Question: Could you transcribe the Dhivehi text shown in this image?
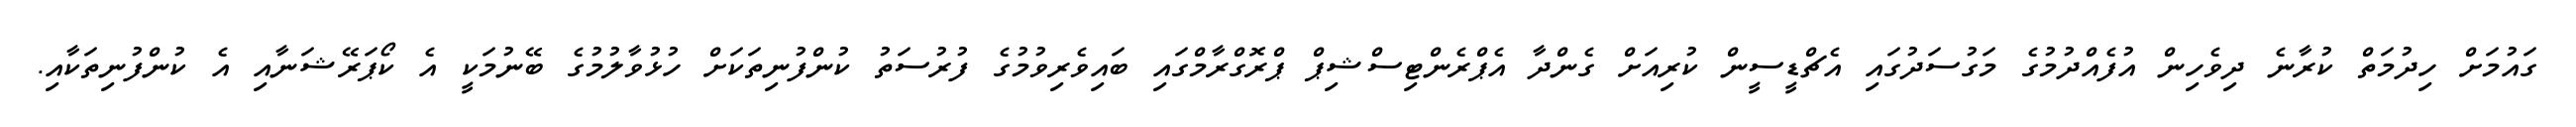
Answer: ގައުމަށް ހިދުމަތް ކުރާނެ ދިވެހިން އުފެއްދުމުގެ މަގުސަދުގައި އެޗްޑީސީން ކުރިއަށް ގެންދާ އެޕްރެންޓިސްޝިޕް ޕްރޮގްރާމްގައި ބައިވެރިވުމުގެ ފުރުސަތު ކުންފުނިތަކަށް ހުޅުވާލުމުގެ ބޭނުމަކީ އެ ކޯޕަރޭޝަނާއި އެ ކުންފުނިތަކާއި.